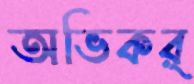
অভিকর্